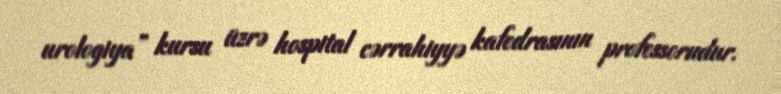
urologiya” kursu üzrə hospital cərrahiyyə kafedrasının professorudur.